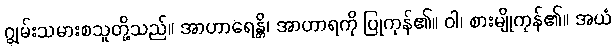
ဂျွမ်းသမားစသူတို့သည်။ အာဟာရေန္တိ၊ အာဟာရကို ပြုကုန်၏။ ဝါ၊ စားမျိုကုန်၏။ အယံ